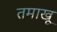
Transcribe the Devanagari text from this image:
तमाखू